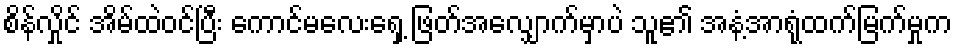
စိန်လှိုင် အိမ်ထဲဝင်ပြီး ကောင်မလေးရှေ့ ဖြတ်အလျှောက်မှာပဲ သူ၏ အနံ့အာရုံထက်မြက်မှုက